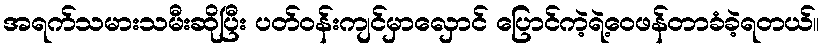
အရက်သမားသမီးဆိုပြီး ပတ်ဝန်းကျင်မှာလှောင် ပြောင်ကဲ့ရဲ့ဝေဖန်တာခံခဲ့ရတယ်။